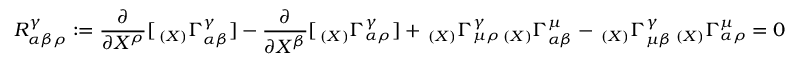
R _ { \alpha \beta \rho } ^ { \gamma } : = { \frac { \partial } { \partial X ^ { \rho } } } [ \, _ { ( X ) } \Gamma _ { \alpha \beta } ^ { \gamma } ] - { \frac { \partial } { \partial X ^ { \beta } } } [ \, _ { ( X ) } \Gamma _ { \alpha \rho } ^ { \gamma } ] + \, _ { ( X ) } \Gamma _ { \mu \rho } ^ { \gamma } \, _ { ( X ) } \Gamma _ { \alpha \beta } ^ { \mu } - \, _ { ( X ) } \Gamma _ { \mu \beta } ^ { \gamma } \, _ { ( X ) } \Gamma _ { \alpha \rho } ^ { \mu } = 0